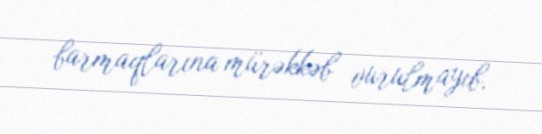
barmaqlarına mürəkkəb vurulmayıb.